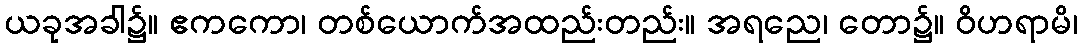
ယခုအခါ၌။ ဧကကော၊ တစ်ယောက်အထည်းတည်း။ အရညေ၊ တော၌။ ဝိဟရာမိ၊